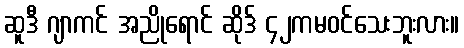
ဆူဒီ ဂျာကင် အညိုရောင် ဆိုဒ် ၄၂ကမဝင်သေးဘူးလား။